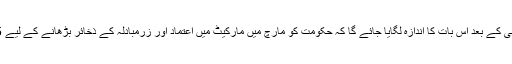
ڈان اخبار کی رپورٹ کے مطابق نظر ثانی کے بعد اس بات کا اندازہ لگایا جائے گا کہ حکومت کو مارچ میں مارکیٹ میں اعتماد اور زرمبادلہ کے ذخائر بڑھانے کے لیے 45 کروڑ ڈالر دیئے جانے چاہیے یا نہیں۔